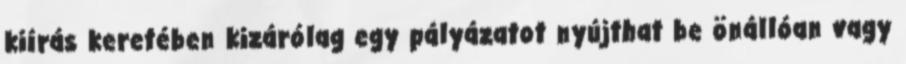
kiírás keretében kizárólag egy pályázatot nyújthat be önállóan vagy